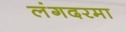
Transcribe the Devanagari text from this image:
लंगदरमा